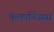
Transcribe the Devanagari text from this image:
कॅलपर्निआस